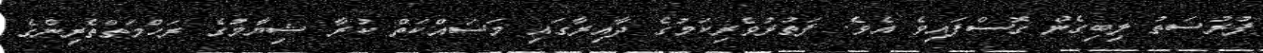
ފުރުސަތު ލިބިގެން ގޮސްފައިވެ އެވެ. ފަތުރުވެރިކަމުގެ ދާއިރާގައި މަސައްކަތް ކުރާ ޝިޔާމުގެ ރަހްމަތްތެރިންގެ